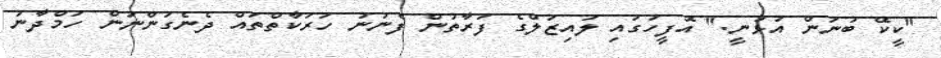
"ކީކޭ ބުނަން އުޅުނީ." އޮފީހުގައި ލައިޒަލްގެ ފަރާތުން ފެނުނު ހަރަކާތްތައް ދެނެގަންނަން ހަމްދާނު